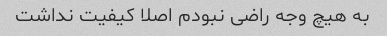
به هیچ وجه راضی نبودم اصلا کیفیت نداشت